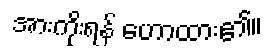
အားကိုးရန် ဟောထား၏။